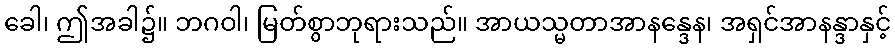
ခေါ၊ ဤအခါ၌။ ဘဂဝါ၊ မြတ်စွာဘုရားသည်။ အာယသ္မတာအာနန္ဒေန၊ အရှင်အာနန္ဒာနှင့်